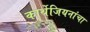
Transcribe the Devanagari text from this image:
कार्थेजियनांचा